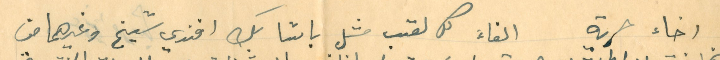
اخاء حرية الغاء كل لقب مثل باشا بك افندي شيخ وغيرهما